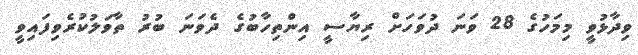
ވިދާޅުވީ މިމަހުގެ 28 ވަނަ ދުވަހަށް ރިޔާސީ އިންތިހާބުގެ ދެވަނަ ބުރު ތާވަލުކުރެވިފައިވީ